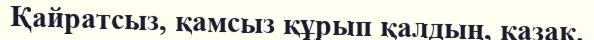
Қайратсыз, қамсыз құрып қалдың, қазақ.